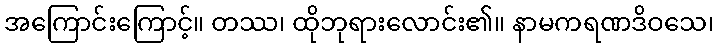
အကြောင်းကြောင့်။ တဿ၊ ထိုဘုရားလောင်း၏။ နာမကရဏဒိဝသေ၊